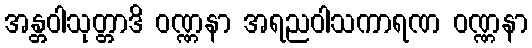
အန္တဝါသုတ္တာဒိ ဝဏ္ဏနာ အရညဝါသကာရဏ ဝဏ္ဏနာ